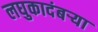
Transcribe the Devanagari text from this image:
लघुकादंबर्‍या